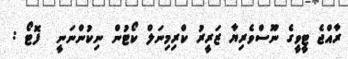
ރާއްޖެ ޓީވީގެ ނޫސްވެރިޔާ ޒަރީރު ކްރިމިނަލް ކޯޓުން ނިކުންނަނީ  ފޮޓޯ :